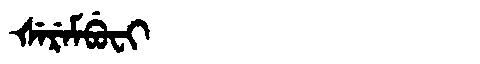
Manchu: ᡧᡝᡵᡝᠮᠪᡠᠸᡳ
Romanization: ŠEREMBUFI